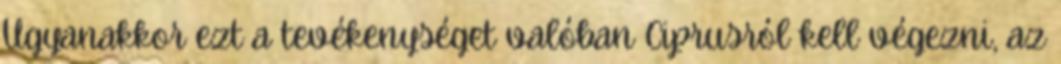
Ugyanakkor ezt a tevékenységet valóban Ciprusról kell végezni, az